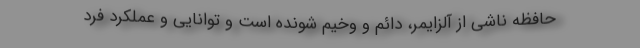
حافظه ناشی از آلزایمر، دائم و وخیم شونده است و توانایی و عملکرد فرد